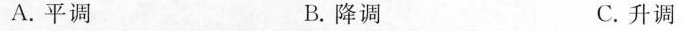
A.平调 B.降调 C.升调